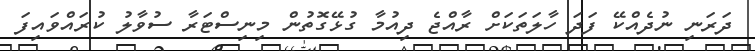
ދަރަނި ނުދެއްކޭ ފަދަ ހާލަތަކަށް ރާއްޖެ ދިއުމާ ގުޅޭގޮތުން މިނިސްޓަރާ ސުވާލު ކުރައްވައިފަ